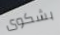
بشكوى